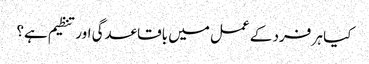
کیا ہر فرد کے عمل میں باقاعدگی اور تنظیم ہے؟